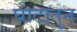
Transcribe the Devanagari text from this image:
घाटातुन